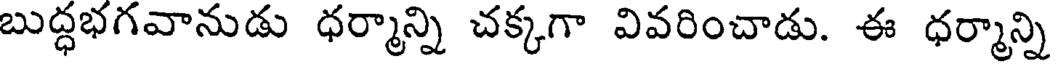
బుద్ధభగవానుడు ధర్మాన్ని చక్కగా వివరించాడు. ఈ ధర్మాన్ని